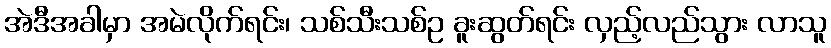
အဲဒီအခါမှာ အမဲလိုက်ရင်း၊ သစ်သီးသစ်ဥ ခူးဆွတ်ရင်း လှည့်လည်သွား လာသူ